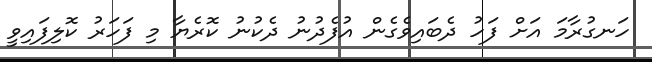
ހަނގުރާމަ އަށް ފަހު ދެބައިވެގެން އުފެދުނު ދެކުނު ކޮރެޔާ މި ފަހަރު ކޮލިފައިވީ